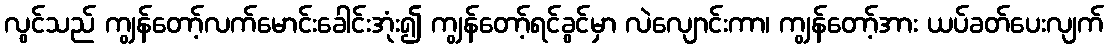
လွင်သည် ကျွန်တော့်လက်မောင်းခေါင်းအုံး၍ ကျွန်တော့်ရင်ခွင်မှာ လဲလျောင်းကာ၊ ကျွန်တော့်အား ယပ်ခတ်ပေးလျက်